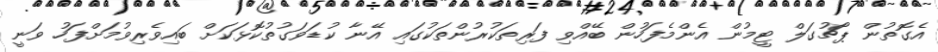
އެގޮތުން ޕޯޗުގަލް ޓީމުން އެންމެފަހުން ބޭއްވި ފަރިތަކުރުންތަކުގައި އޭނާ ކުޑަވަގުތުކޮޅަކަށް ބައިވެރިވުމަށްފަހު ވަނީ